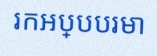
រកអប្បបរមា